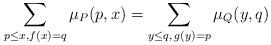
LaTeX: \begin{align*} \sum_{p\leq x, f(x)=q}\mu_{P}(p,x)=\sum_{y\leq q,\,g(y)=p}\mu_{Q}(y,q)\end{align*}